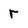
Character: r